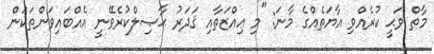
މާތް ވަޙީ ކުރެއްވި އާޔަތެއްގެ މާނަ: "މި ޢިއްޒަތާއި ޤަދަރު ޙާޞިލްކުރެވޭނީ އެއްބައިވަންތަކަން